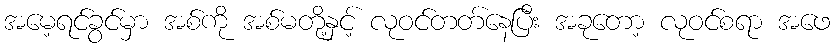
အမေ့ရင်ခွင်မှာ အစ်ကို အစ်မတို့နှင့် လုဝင်တတ်နေပြီး အခုတော့ လုဝင်စရာ အဖေ